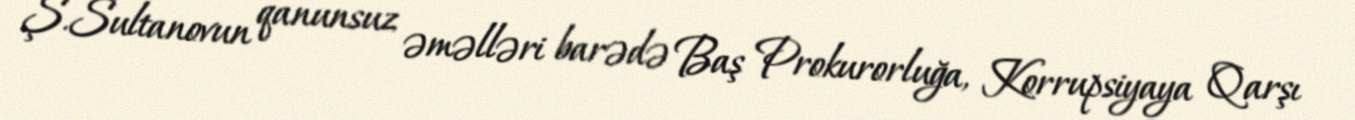
Ş.Sultanovun qanunsuz əməlləri barədə Baş Prokurorluğa, Korrupsiyaya Qarşı